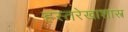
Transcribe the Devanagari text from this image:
हस्तरेखाशास्त्र